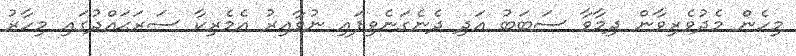
މިހެން މެދުވެރިވާން ދިމާވާ ސަބަބު އަދި ދެނެގަނެވިފަައި ނުވާއިރު އެމެރިކާ ސަރަޙައްދުގައި މިހާރު